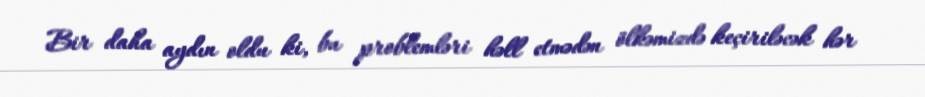
Bir daha aydın oldu ki, bu problemləri həll etmədən ölkəmizdə keçiriləcək hər